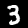
Digit: 3